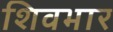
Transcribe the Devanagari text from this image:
शिवभार